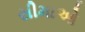
સીમાઓ